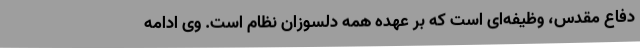
دفاع مقدس، وظیفه‌ای است که بر عهده همه دلسوزان نظام است. وی ادامه